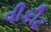
વીકીટ